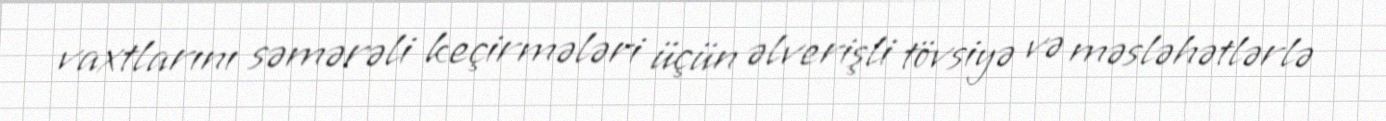
vaxtlarını səmərəli keçirmələri üçün əlverişli tövsiyə və məsləhətlərlə